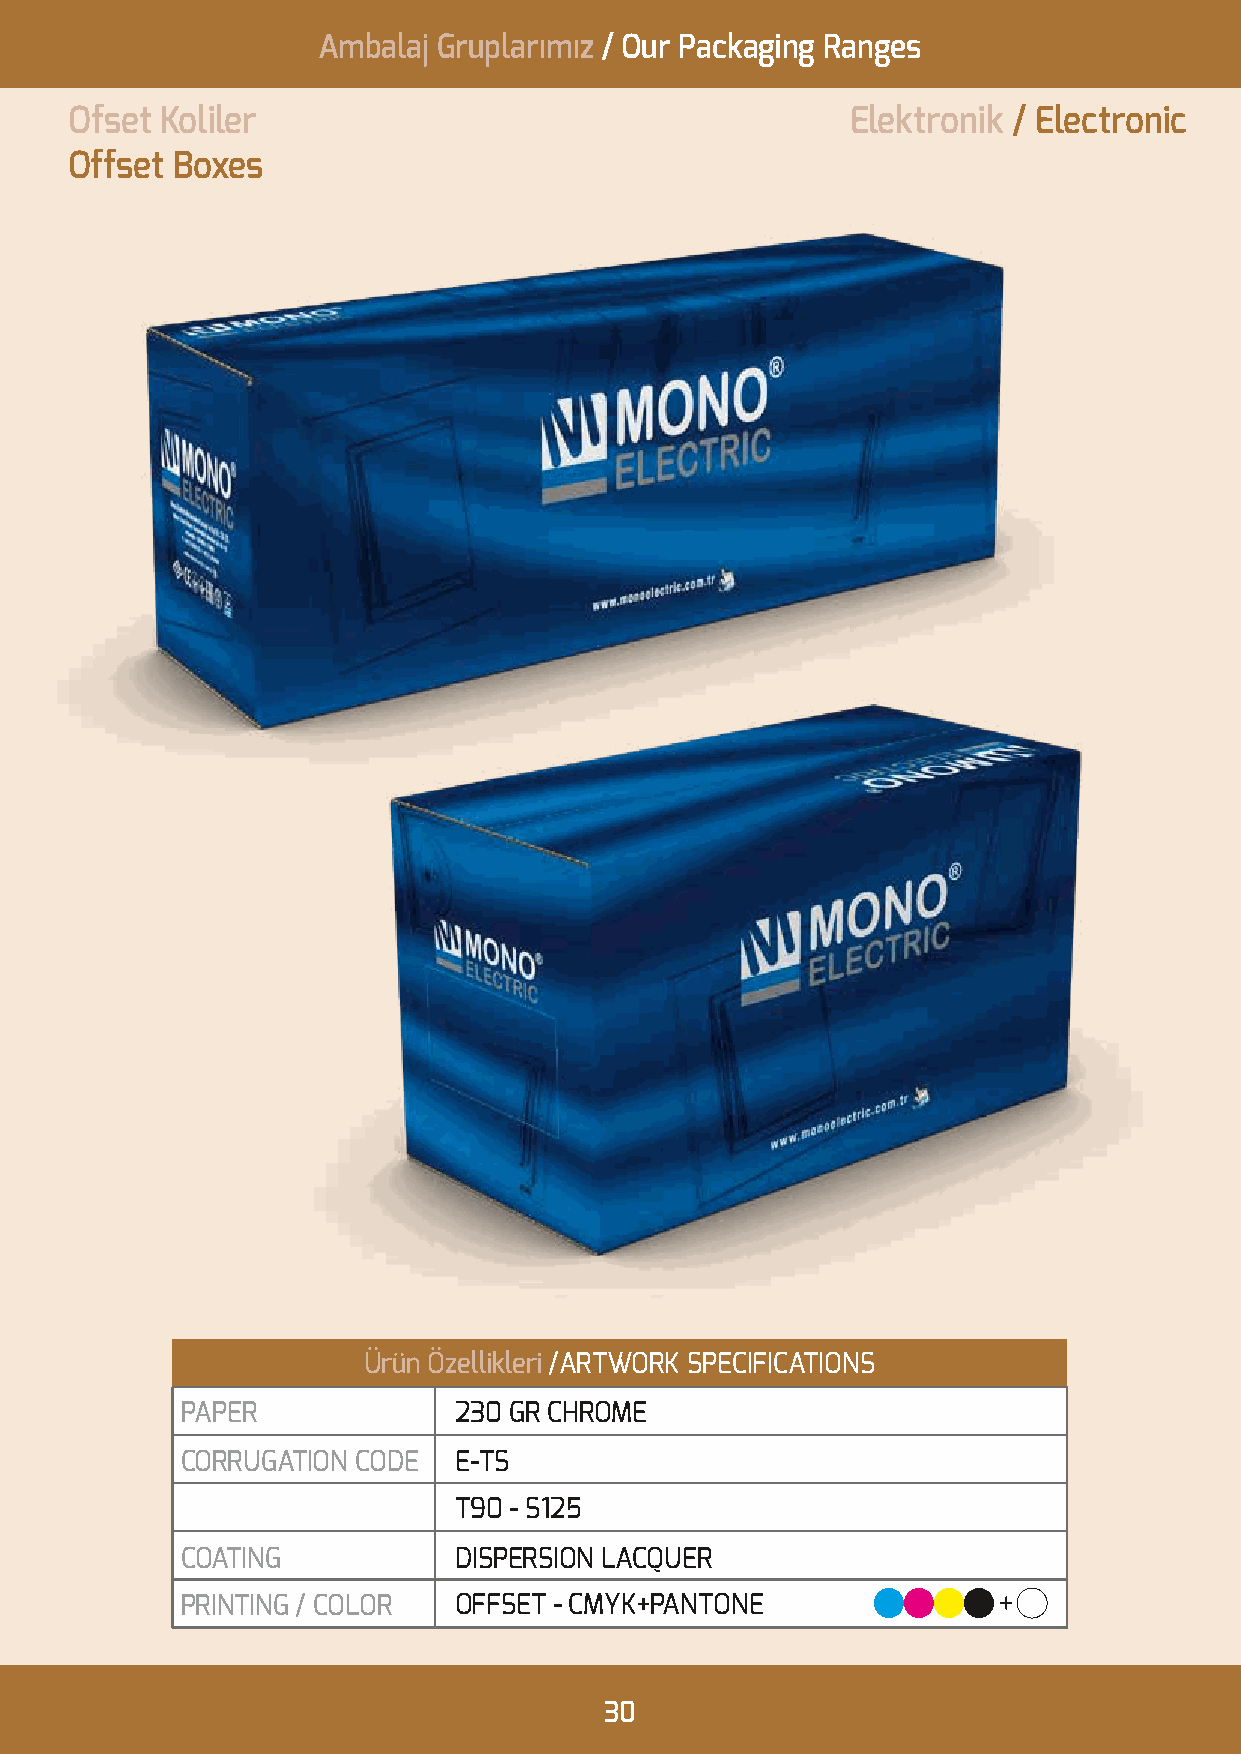
Ambalaj Gruplarımız / Our Packaging Ranges
 Ofset  Koliler                                      Elektronik / Electronic
 Offset Boxes
 Ürün Özellikleri /ARTWORK SPECIFICATIONS
 PAPER             230 GR CHROME
 CORRUGATION CODE  E-TS
 T90 - S125
 COATING           DISPERSION LACQUER
 PRINTING / COLOR  OFFSET - CMYK+PANTONE
 30